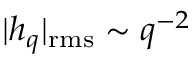
| h _ { q } | _ { \mathrm { r m s } } \sim q ^ { - 2 }